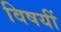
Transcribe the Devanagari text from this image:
विषयीं